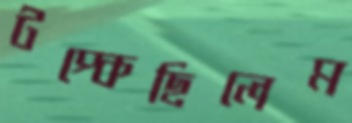
টপ্‌কেছিলেম